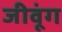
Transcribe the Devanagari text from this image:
जीवूंग